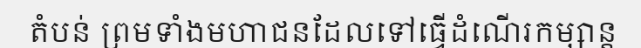
តំបន់ ព្រមទាំងមហាជនដែលទៅធ្វើដំណើរកម្សាន្ត